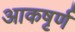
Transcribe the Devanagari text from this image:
आकषृर्ण